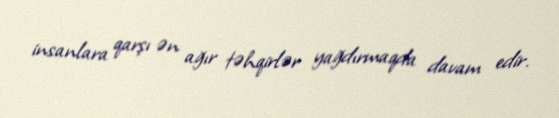
insanlara qarşı ən ağır təhqirlər yağdırmaqda davam edir.